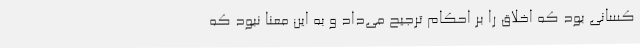
کسانی بود که اخلاق را بر احکام ترجیح می‌داد و به این معنا نبود که